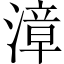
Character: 漳